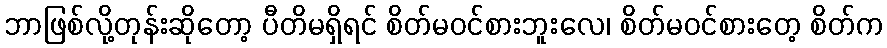
ဘာဖြစ်လို့တုန်းဆိုတော့ ပီတိမရှိရင် စိတ်မဝင်စားဘူးလေ၊ စိတ်မဝင်စားတေ့ စိတ်က